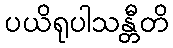
ပယိရုပါသန္တီတိ